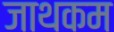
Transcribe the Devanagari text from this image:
जाथकम